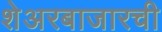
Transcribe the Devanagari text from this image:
शेअरबाजारची